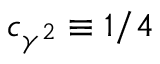
c _ { \gamma ^ { 2 } } \equiv 1 / 4